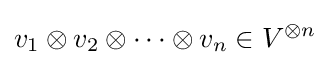
v_{1}\otimes v_{2}\otimes \dots \otimes v_{n}\in V^{\otimes n}